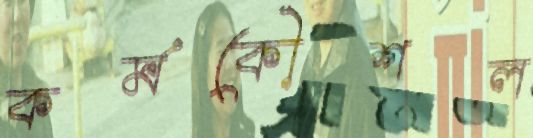
কর্মকৌশল